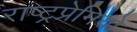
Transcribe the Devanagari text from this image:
राष्ट्रप्रेमियों